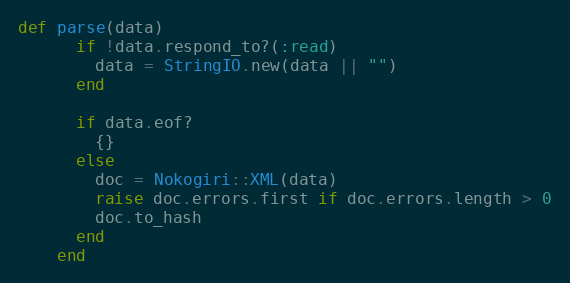
Language: Ruby
def parse(data)
      if !data.respond_to?(:read)
        data = StringIO.new(data || "")
      end

      if data.eof?
        {}
      else
        doc = Nokogiri::XML(data)
        raise doc.errors.first if doc.errors.length > 0
        doc.to_hash
      end
    end